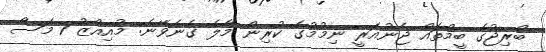
ބްރިޖުގެ ބީމްތައް ޖެނުއަރީ ނިމުމުގެ ކުރިން މާލެ ގެނެވޭނެ: މުއިއްޒު 1 މަސް